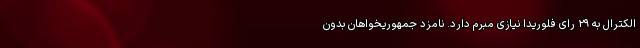
الکترال به ۲۹ رای فلوریدا نیازی مبرم دارد. نامزد جمهوریخواهان بدون